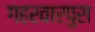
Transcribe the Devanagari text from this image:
गहरवारपुरा